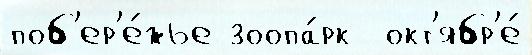
поб'ер'е́жье зоопа́рк  окт'ябр'е́